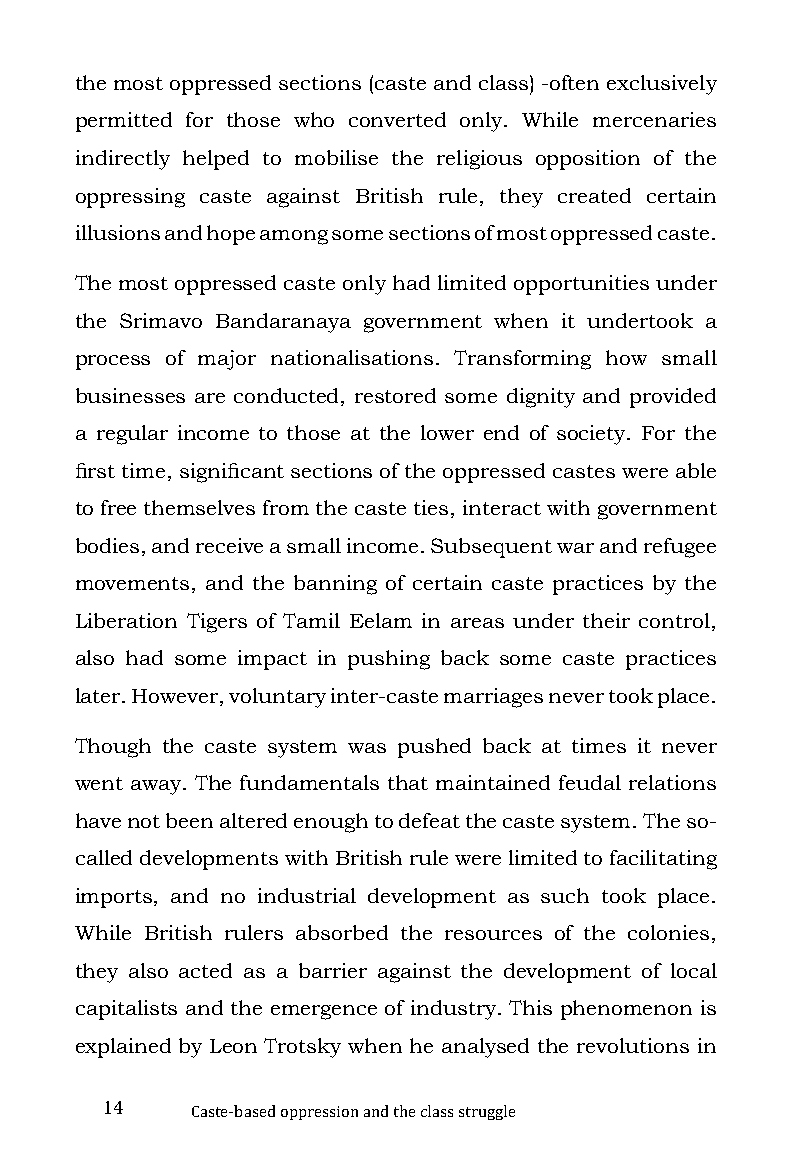
the most oppressed sections (caste and class) -often exclusively
 permitted for those who converted only. While mercenaries
 indirectly helped to mobilise the religious opposition of the
 oppressing caste against British rule, they created certain
 illusions and hope among some sections of most oppressed caste.
 The most oppressed caste only had limited opportunities under
 the Srimavo Bandaranaya government when it undertook a
 process of major nationalisations. Transforming how small
 businesses are conducted, restored some dignity and provided
 a regular income to those at the lower end of society. For the
 first time, significant sections of the oppressed castes were able
 to free themselves from the caste ties, interact with government
 bodies, and receive a small income. Subsequent war and refugee
 movements, and the banning of certain caste practices by the
 Liberation Tigers of Tamil Eelam in areas under their control,
 also had some impact in pushing back some caste practices
 later. However, voluntary inter-caste marriages never took place.
 Though the caste system was pushed back at times it never
 went away. The fundamentals that maintained feudal relations
 have not been altered enough to defeat the caste system. The so-
 called developments with British rule were limited to facilitating
 imports, and no industrial development as such took place.
 While British rulers absorbed the resources of the colonies,
 they also acted as a barrier against the development of local
 capitalists and the emergence of industry. This phenomenon is
 explained by Leon Trotsky when he analysed the revolutions in
 14
 Caste-based oppression and the class struggle